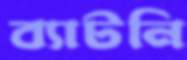
ব্যাটনি